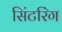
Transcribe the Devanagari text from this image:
सिंटरिंग